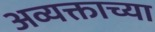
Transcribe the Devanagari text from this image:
अव्यक्ताच्या